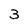
Character: 3